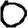
Digit: 0